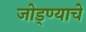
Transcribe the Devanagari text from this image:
जोड्ण्याचे